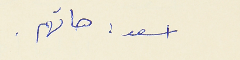
اسعد : هاتهم .